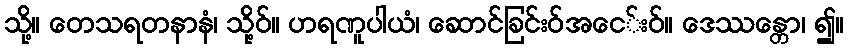
သို့။ တေသရတနာနံ၊ သို့ဝ်။ ဟရဏူပါယံ၊ ဆောင်ခြင်းဝ်အငေ်းဝ်။ ဒေဿန္တော၊ ၍။